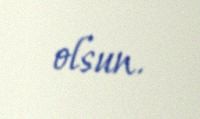
olsun.